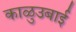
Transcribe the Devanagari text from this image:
काळुउबाई